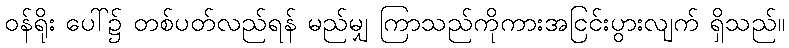
ဝန်ရိုး ပေါ်၌ တစ်ပတ်လည်ရန် မည်မျှ ကြာသည်ကိုကားအငြင်းပွားလျက် ရှိသည်။